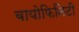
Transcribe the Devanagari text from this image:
बायोफिनिटी